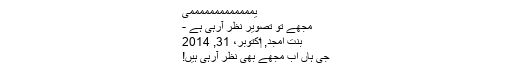
یمممممممممممممی
مجھے تو تصویر نظر آرہی ہے -
بنت امجد, ‏اکتوبر، 31, 2014
جی ہاں اب مجھے بھی نظر آرہی ہیں!